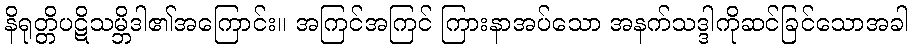
နိရုတ္တိပဋိသမ္ဘိဒါ၏အကြောင်း။ အကြင်အကြင် ကြားနာအပ်သော အနက်သဒ္ဒါကိုဆင်ခြင်သောအခါ